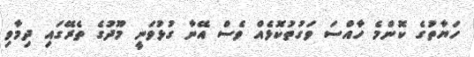
ހަޔާތުގެ ކޮންމެ ހާއްސަ ވަގުތުކޮޅެއް ވެސް އޭނާ ގުޅުވަނީ މޫދުގެ ތެރޭގައި ދިމާވި